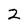
Character: 2